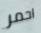
احمر